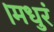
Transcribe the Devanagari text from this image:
।मधुरं